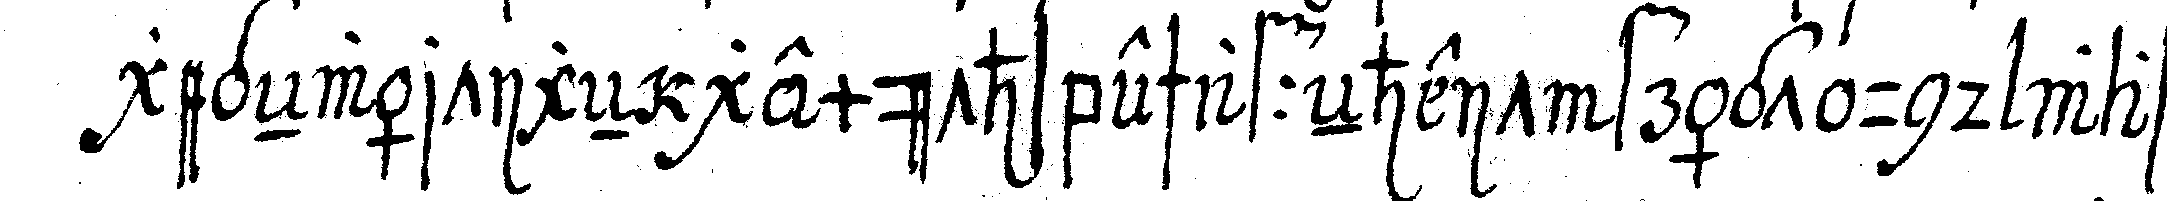
gegeNwärtigeN gemüthsbeschaffeNheit frägt und was